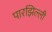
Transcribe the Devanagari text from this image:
पारझिल्ली